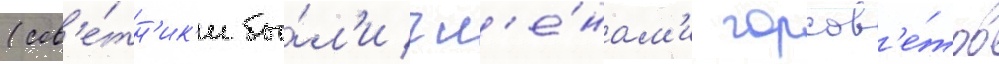
(сов'е́тн'ик'и бы́л'и чл'е́нам'и горсов'е́тов